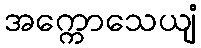
အက္ကောသေယျံ